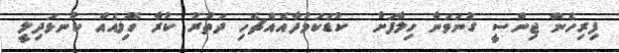
ފިރިހެން ޖިންސީ ގުނަވަނާ ހިލާފަށް  ކުޑަކަމުދާއެއްޗެހި ދަތުރު ކުރާ ހޮލިއެއް ކުނޅަދިލީ